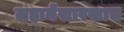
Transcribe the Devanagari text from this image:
लहानेंसारखाच